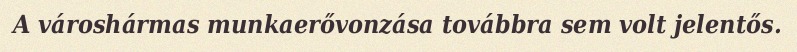
A városhármas munkaerővonzása továbbra sem volt jelentős.